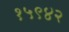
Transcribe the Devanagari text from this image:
१५९४२